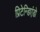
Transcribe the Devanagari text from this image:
प्रिटेन्डिएंडो